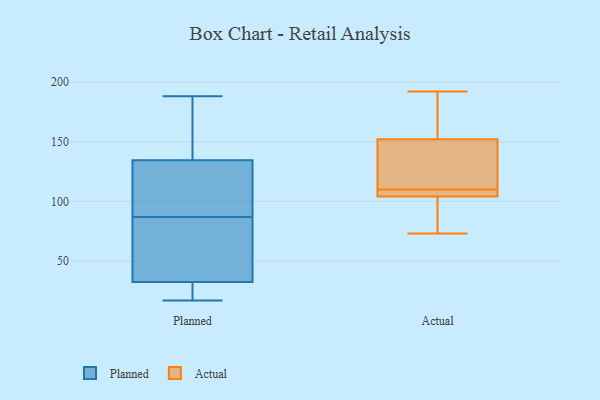
{"axis": {"x": "Bounce Rate (%)", "y": "Value"}, "legend": ["Actual", "Planned"], "data": [{"x": "", "y": 188, "type": "Planned"}, {"x": "", "y": 96, "type": "Planned"}, {"x": "", "y": 72, "type": "Planned"}, {"x": "", "y": 78, "type": "Planned"}, {"x": "", "y": 115, "type": "Planned"}, {"x": "", "y": 173, "type": "Planned"}, {"x": "", "y": 141, "type": "Planned"}, {"x": "", "y": 19, "type": "Planned"}, {"x": "", "y": 18, "type": "Planned"}, {"x": "", "y": 17, "type": "Planned"}, {"x": "", "y": 46, "type": "Planned"}, {"x": "", "y": 128, "type": "Planned"}, {"x": "", "y": 73, "type": "Actual"}, {"x": "", "y": 109, "type": "Actual"}, {"x": "", "y": 186, "type": "Actual"}, {"x": "", "y": 192, "type": "Actual"}, {"x": "", "y": 151, "type": "Actual"}, {"x": "", "y": 111, "type": "Actual"}, {"x": "", "y": 109, "type": "Actual"}, {"x": "", "y": 97, "type": "Actual"}, {"x": "", "y": 152, "type": "Actual"}, {"x": "", "y": 104, "type": "Actual"}]}